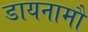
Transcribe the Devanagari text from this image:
डायनामौ